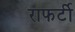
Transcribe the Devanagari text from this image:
राफर्टी